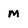
Character: m